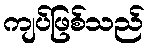
ကျပ်ဖြစ်သည်